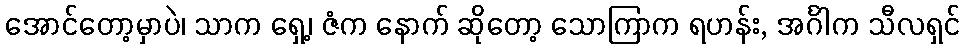
အောင်တော့မှာပဲ၊ သာက ရှေ့၊ ဇံက နောက် ဆိုတော့ သောကြာက ရဟန်း, အင်္ဂါက သီလရှင်